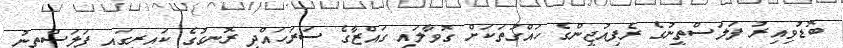
ބޮޑުވިއިރު ފަލަސްތީނުގެ ރެފިއުޖީންގެ ހައްގުތަކަށް ގޮވާލައި ގައްޒާގެ ސަރަހައްދީ ރޮނގުގެ ކައިރީގައި ފަލަސްތީނު